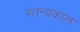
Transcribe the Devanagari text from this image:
स्तन्यकाल